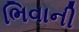
ભિવાની